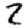
Digit: 2